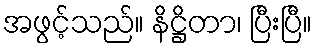
အဖွင့်သည်။ နိဋ္ဌိတာ၊ ပြီးပြီ။